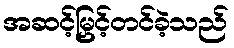
အဆင့်မြှင့်တင်ခဲ့သည်